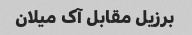
برزیل مقابل آک میلان